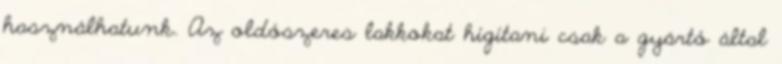
használhatunk. Az oldószeres lakkokat hígítani csak a gyártó által